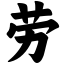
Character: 劳